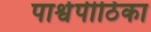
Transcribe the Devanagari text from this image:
पार्श्वपीठिका